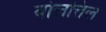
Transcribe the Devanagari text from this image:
वोलत्तिल